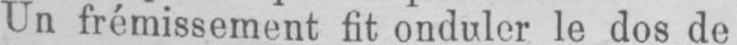
Un frémissement fit onduler le dos de